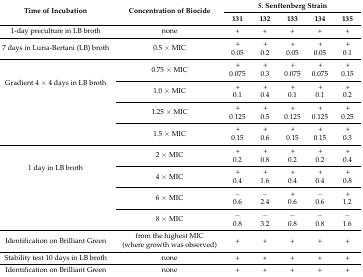
<table><thead><tr><td rowspan="2"><b>Time of Incubation</b></td><td rowspan="2"><b>Concentration of Biocide</b></td><td colspan="5"><b><i>S.</i> Senftenberg Strain</b></td></tr><tr><td><b>131</b></td><td><b>132</b></td><td><b>133</b></td><td><b>134</b></td><td><b>135</b></td></tr></thead><tbody><tr><td>1-day preculture in LB broth</td><td>none</td><td>+</td><td>+</td><td>+</td><td>+</td><td>+</td></tr><tr><td>7 days in Luria-Bertani (LB) broth</td><td>0.5 × MIC</td><td>+0.05</td><td>+0.2</td><td>+0.05</td><td>+0.05</td><td>+0.1</td></tr><tr><td rowspan="4">Gradient 4 × 4 days in LB broth</td><td>0.75 × MIC</td><td>+0.075</td><td>+0.3</td><td>+0.075</td><td>+0.075</td><td>+0.15</td></tr><tr><td>1.0 × MIC</td><td>+0.1</td><td>+0.4</td><td>+0.1</td><td>+0.1</td><td>+0.2</td></tr><tr><td>1.25 × MIC</td><td>+0.125</td><td>+0.5</td><td>+0.125</td><td>+0.125</td><td>+0.25</td></tr><tr><td>1.5 × MIC</td><td>+0.15</td><td>+0.6</td><td>+0.15</td><td>+0.15</td><td>+0.3</td></tr><tr><td rowspan="4">1 day in LB broth</td><td>2 × MIC</td><td>+0.2</td><td>+0.8</td><td>+0.2</td><td>+0.2</td><td>+0.4</td></tr><tr><td>4 × MIC</td><td>+0.4</td><td>+1.6</td><td>+0.4</td><td>+0.4</td><td>+0.8</td></tr><tr><td>6 × MIC</td><td>−0.6</td><td>−2.4</td><td>+0.6</td><td>−0.6</td><td>+1.2</td></tr><tr><td>8 × MIC</td><td>−0.8</td><td>−3.2</td><td>−0.8</td><td>−0.8</td><td>−1.6</td></tr><tr><td>Identification on Brilliant Green</td><td>from the highest MIC (where growth was observed)</td><td>+</td><td>+</td><td>+</td><td>+</td><td>+</td></tr><tr><td>Stability test 10 days in LB broth</td><td>none</td><td>+</td><td>+</td><td>+</td><td>+</td><td>+</td></tr><tr><td>Identification on Brilliant Green</td><td>none</td><td>+</td><td>+</td><td>+</td><td>+</td><td>+</td></tr></tbody></table>